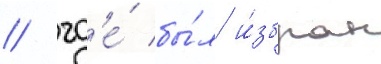
/ гд'е́ бы́л и́збран